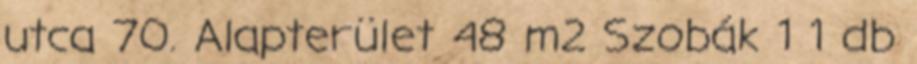
utca 70. Alapterület 48 m2 Szobák 1 1 db